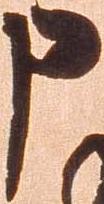
申